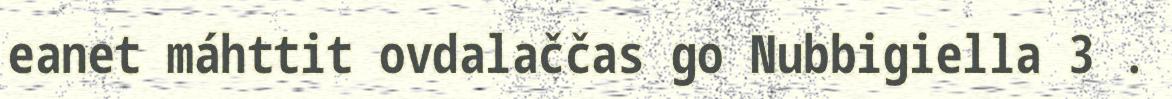
eanet máhttit ovdalaččas go Nubbigiella 3 .